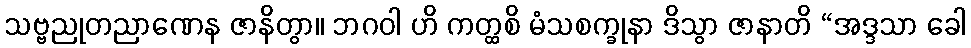
သဗ္ဗညုတညာဏေန ဇာနိတွာ။ ဘဂဝါ ဟိ ကတ္ထစိ မံသစက္ခုနာ ဒိသွာ ဇာနာတိ “အဒ္ဒသာ ခေါ